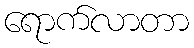
ရောက်လာတာ